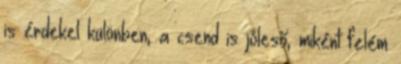
is érdekel különben, a csend is jóleső, miként felém